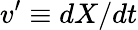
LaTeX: v^{\prime}\equiv dX/dt